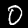
Label: 0